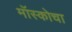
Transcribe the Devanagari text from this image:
मॉस्कोचा